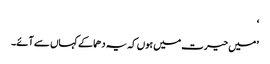
‘
’میں حیرت میں ہوں کہ یہ دھماکے کہاں سے آئے۔